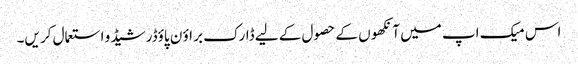
اس میک اپ میں آنکھو ں کے حصو ل کے لیے ڈارک بر اؤ ن پاؤڈر شیڈ و استعمال کر یں۔